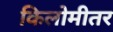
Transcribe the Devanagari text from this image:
किलोमीतर